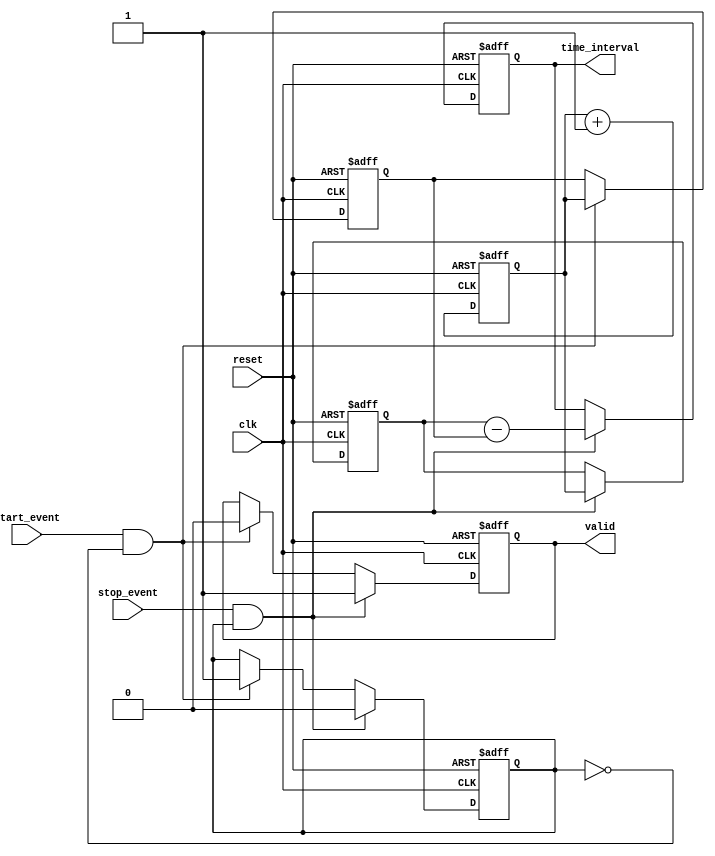
module tdc_single_shot (
    input wire clk,           // Clock input
    input wire reset,         // Reset signal
    input wire start_event,   // Start event signal
    input wire stop_event,    // Stop event signal
    output reg [31:0] time_interval, // Time interval output
    output reg valid          // Output valid signal
);

    reg [31:0] start_time;    // Memory for start time
    reg [31:0] stop_time;     // Memory for stop time
    reg capturing;            // State to indicate capturing mode

    // Clock counter
    reg [31:0] clock_count;

    always @(posedge clk or posedge reset) begin
        if (reset) begin
            clock_count <= 32'b0; // Reset clock count
            start_time <= 32'b0;  // Reset start time
            stop_time <= 32'b0;   // Reset stop time
            time_interval <= 32'b0; // Reset time interval
            valid <= 1'b0;        // Reset valid signal
            capturing <= 1'b0;    // Reset capturing state
        end else begin
            clock_count <= clock_count + 1; // Increment clock count
            
            if (start_event && !capturing) begin
                start_time <= clock_count; // Capture start time
                capturing <= 1'b1;          // Set capturing state
                valid <= 1'b0;              // Reset valid signal
            end
            
            if (stop_event && capturing) begin
                stop_time <= clock_count;  // Capture stop time
                time_interval <= stop_time - start_time; // Calculate time interval
                capturing <= 1'b0;          // Reset capturing state
                valid <= 1'b1;              // Set valid signal
            end
        end
    end

endmodule